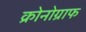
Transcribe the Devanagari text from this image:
क्रोनोग्राफ